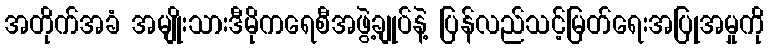
အတိုက်အခံ အမျိုးသားဒီမိုကရေစီအဖွဲ့ချုပ်နဲ့ ပြန်လည်သင့်မြတ်ရေးအပြုအမှုကို